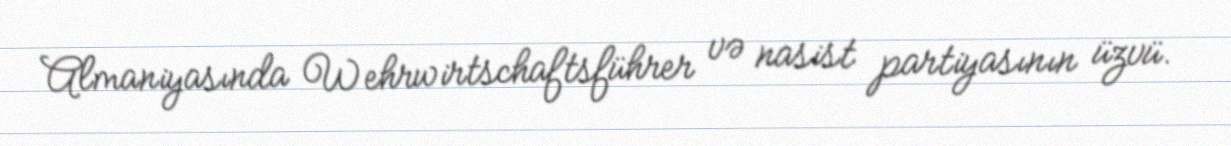
Almaniyasında Wehrwirtschaftsführer və nasist partiyasının üzvü.